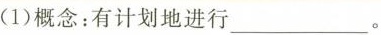
(1)概念：有计划地进行____。